Sanitation, dispensaries and jails vaccination Rajputana 1922-1927 - 1922-1927
Year: 1922
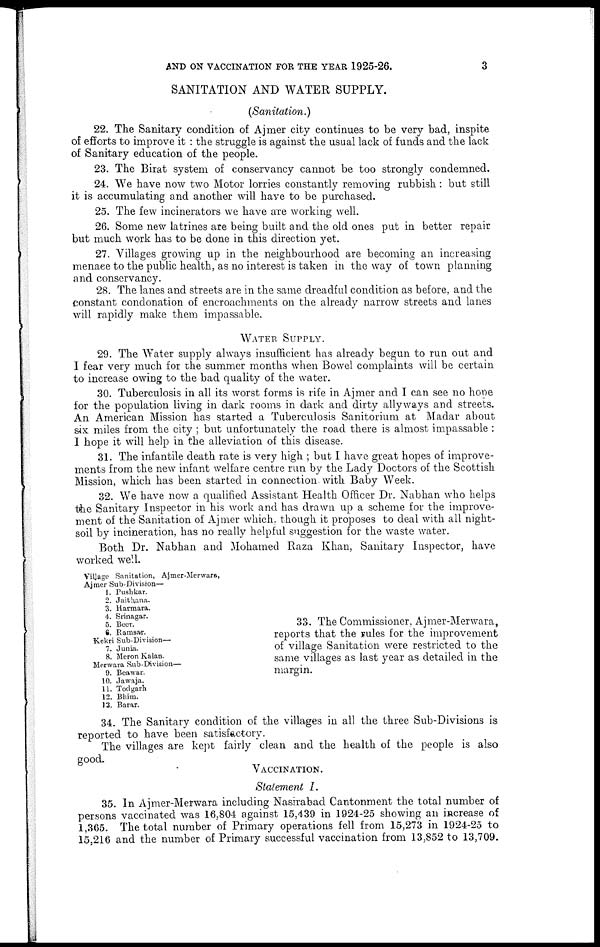
AND ON VACCINATION FOR THE YEAR 1925-26.
3
SANITATION AND WATER SUPPLY.
(Sanitation.)
22. The Sanitary condition of Ajmer city continues to be very bad, inspite
of efforts to improve it : the struggle is against the usual lack of funds and the lack
of Sanitary education of the people.
23. The Birat system of conservancy cannot be too strongly condemned.
24. We have now two Motor lorries constantly removing rubbish : but still
it is accumulating and another will have to be purchased.
25. The few incinerators we have are working well.
26. Some new latrines are being built and the old ones put in better repair
but much work has to be done in this direction yet.
27. Villages growing up in the neighbourhood are becoming an increasing
menaee to the public health, as no interest is taken in the way of town planning
and conservancy.
28. The lanes and streets are in the same dreadful condition as before, and the
constant condonation of encroachments on the already narrow streets and lanes
will rapidly make them impassable.
WATER SUPPLY.
29. The Water supply always insufficient has already begun to run out and
I fear very much for the summer months when Bowel complaints will be certain
to increase owing to the bad quality of the water.
30. Tuberculosis in all its worst forms is rife in Ajmer and I can see no hope
for the population living in dark rooms in dark and dirty allyways and streets.
An American Mission has started a Tuberculosis Sanitorium at Madar about
six miles from the city ; but unfortunately the road there is almost impassable :
I hope it will help in the alleviation of this disease.
31. The infantile death rate is very high ; but I have great hopes of improve-
ments from the new infant welfare centre run by the Lady Doctors of the Scottish
Mission, which has been started in connection, with Baby Week.
32. We have now a qualified Assistant Health Officer Dr. Nabhan who helps
the Sanitary Inspector in his work and has drawn up a scheme for the improve-
ment of the Sanitation of Ajmer which, though it proposes to deal with all night-
soil by incineration, has no really helpful suggestion for the waste water.
Both Dr. Nabhan and Mohamed Raza Khan, Sanitary Inspector, have
worked well.
Village Sanitation, Ajmer-Merwara,
Ajmer Sub-Division—
1. Pushkar.
2. Jaithana,.
3. Harmara.
4. Srinagar.
5. Beer.
6. Ramsar.
Kekri Sub-Division—
7. Junia.
8. Meron Kalan.
Merwara Sub-Division—
9. Beawar.
10. Jawaja.
11. Todgarh
12. Bhim.
13. Barar.
33. The Commissioner, Ajmer-Merwara,
reports that the rules for the improvement
of village Sanitation were restricted to the
same villages as last year as detailed in the
margin.
34. The Sanitary condition of the villages in all the three Sub-Divisions is
reported to have been satisfactory.
The villages are kept fairly clean and the health of the people is also
good.
VACCINATION.
Statement I.
35. In Ajmer-Merwara including Nasirabad Cantonment the total number of
persons vaccinated was 16,804 against 15,439 in 1924-25 showing an increase of
1,365. The total number of Primary operations fell from 15,273 in 1924-25 to
15,216 and the number of Primary successful vaccination from 13,852 to 13,709.